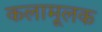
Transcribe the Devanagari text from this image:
कलामूलक